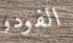
الفودو